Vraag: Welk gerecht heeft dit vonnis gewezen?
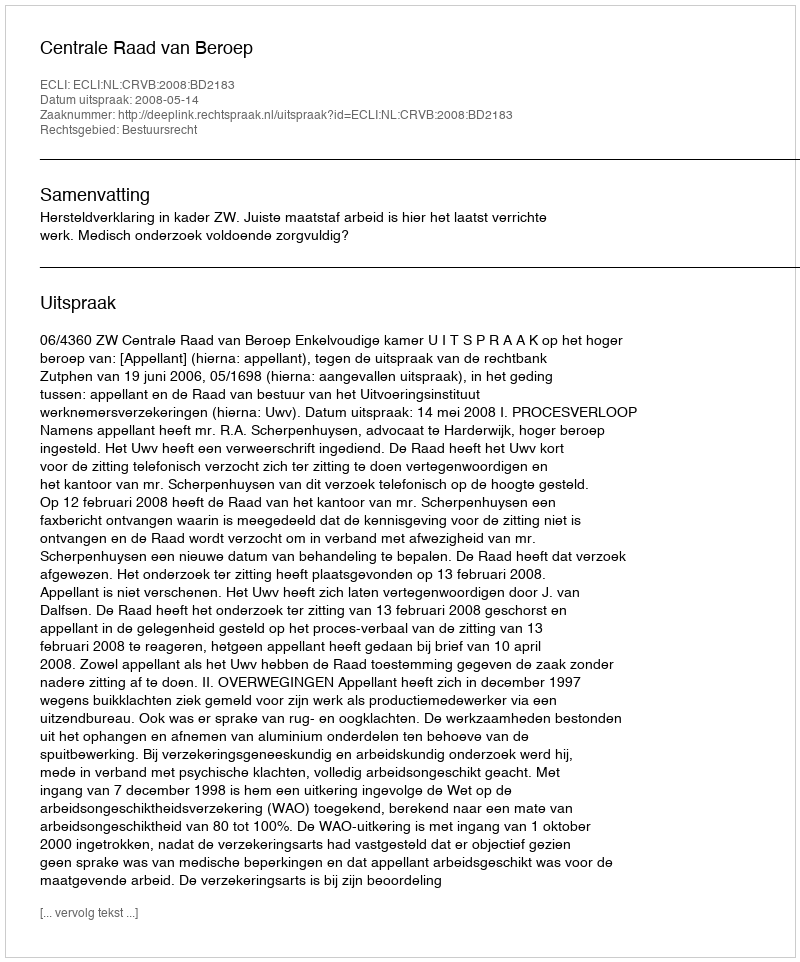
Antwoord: Centrale Raad van Beroep